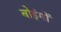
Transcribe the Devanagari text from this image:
बोइंगों